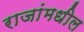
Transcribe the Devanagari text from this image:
राजांमधील